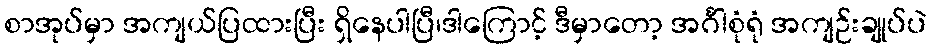
စာအုပ်မှာ အကျယ်ပြထားပြီး ရှိနေပါပြီ၊ဒါကြောင့် ဒီမှာတော့ အင်္ဂါစုံရုံ အကျဉ်းချုပ်ပဲ